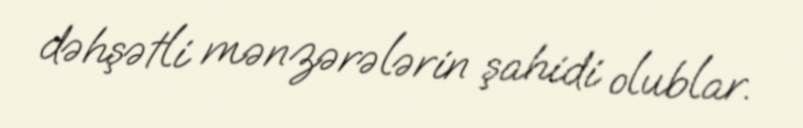
dəhşətli mənzərələrin şahidi olublar.